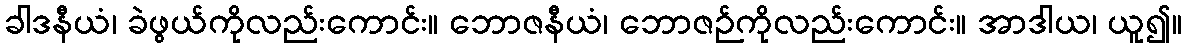
ခါဒနီယံ၊ ခဲဖွယ်ကိုလည်းကောင်း။ ဘောဇနီယံ၊ ဘောဇဉ်ကိုလည်းကောင်း။ အာဒါယ၊ ယူ၍။